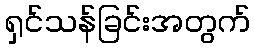
ရှင်သန်ခြင်းအတွက်